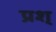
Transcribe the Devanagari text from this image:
प्रश्